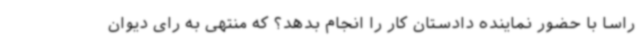
راسا با حضور نماینده دادستان کار را انجام بدهد؟ که منتهی به رای دیوان